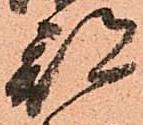
部